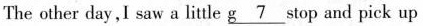
The other day,I saw a little g\underline{7} stop and pick up